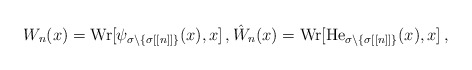
\begin{align*}W_n(x)={\rm Wr}[\psi_{\sigma\setminus \{\sigma[[n]]\}}(x),x]\,,\hat W_n(x)={\rm Wr}[\mathrm{He}_{\sigma\setminus \{\sigma[[n]]\}}(x),x]\,,\end{align*}